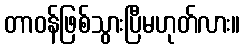
တာဝန်ဖြစ်သွားပြီမဟုတ်လား။